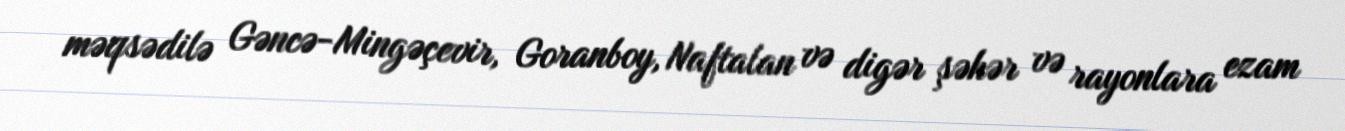
məqsədilə Gəncə-Mingəçevir, Goranboy, Naftalan və digər şəhər və rayonlara ezam